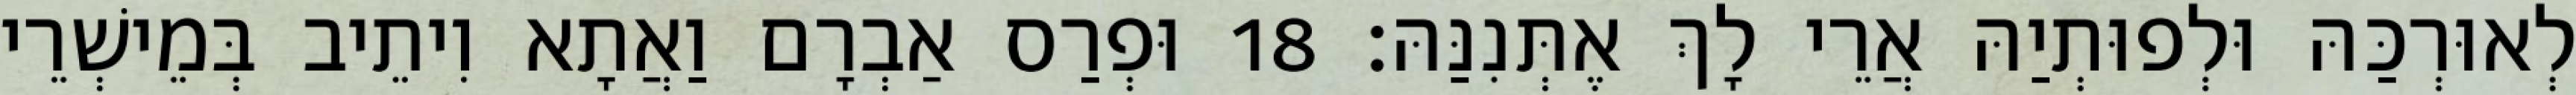
לְאוּרְכַּהּ וּלְפוּתְיַהּ אֲרֵי לָךְ אֶתְּנִנַּהּ׃ 18 וּפְרַס אַבְרָם וַאֲתָא וִיתֵיב בְּמֵישְׁרֵי